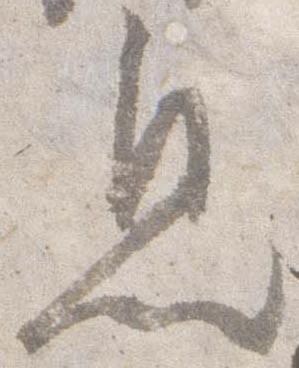
息